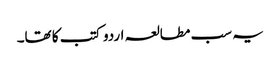
یہ سب مطالعہ اردو کتب کا تھا۔